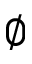
\emptyset